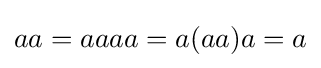
aa=aaaa=a(aa)a=a